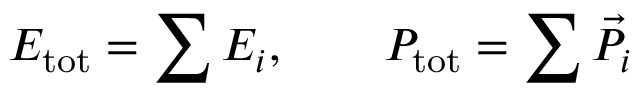
E _ { \mathrm { t o t } } = \sum E _ { i } , \qquad P _ { \mathrm { t o t } } = \sum \vec { P } _ { i }